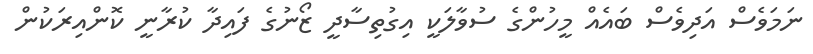
ނަމަވެސް އަދިވެސް ބައެއް މީހުންގެ ސުވާލަކީ އިގުތިސާދީ ޒޯނުގެ ފައިދާ ކުރާނީ ކޮންއިރަކުން